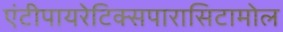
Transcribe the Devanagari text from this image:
एंटीपायरेटिक्सपारासिटामोल